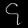
Digit: ၄